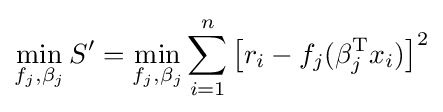
\min _{f_{j},\beta _{j}}S'=\min _{f_{j},\beta _{j}}\sum _{i=1}^{n}\left[r_{i}-f_{j}(\beta _{j}^{\mathrm {T} }x_{i})\right]^{2}